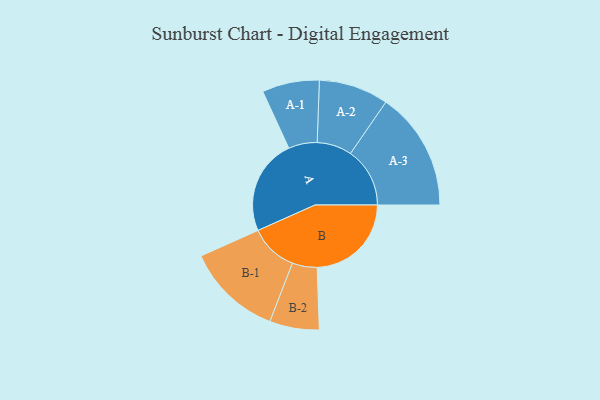
{"axis": {"x": "Segment", "y": "Value"}, "legend": ["", "A", "B"], "data": [{"x": "A", "y": 401, "type": ""}, {"x": "B", "y": 395, "type": ""}, {"x": "A-1", "y": 120, "type": "A"}, {"x": "A-2", "y": 146, "type": "A"}, {"x": "A-3", "y": 249, "type": "A"}, {"x": "B-1", "y": 201, "type": "B"}, {"x": "B-2", "y": 104, "type": "B"}]}